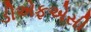
ડીએફએસી